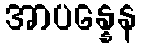
အာပန္နေန